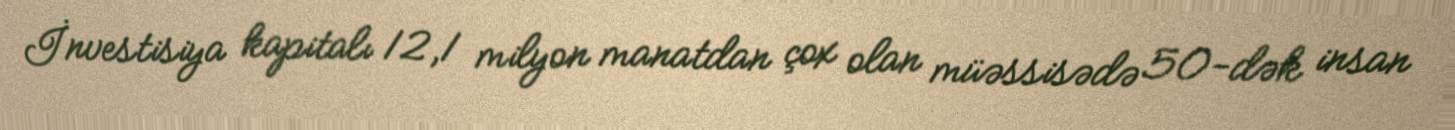
İnvestisiya kapitalı 12,1 milyon manatdan çox olan müəssisədə 50-dək insan